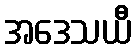
အဒေသယီ